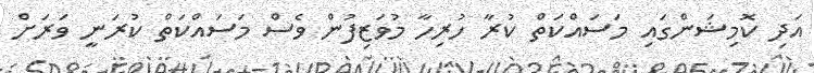
އަދި ކޮމިޝަންގައި މަސައްކަތް ކުރާ ހުރިހާ މުވަޒިފުން ވެސް މަސައްކަތް ކުރަނީ ވަރަށް